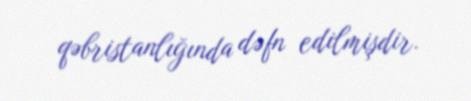
qəbristanlığında dəfn edilmişdir.